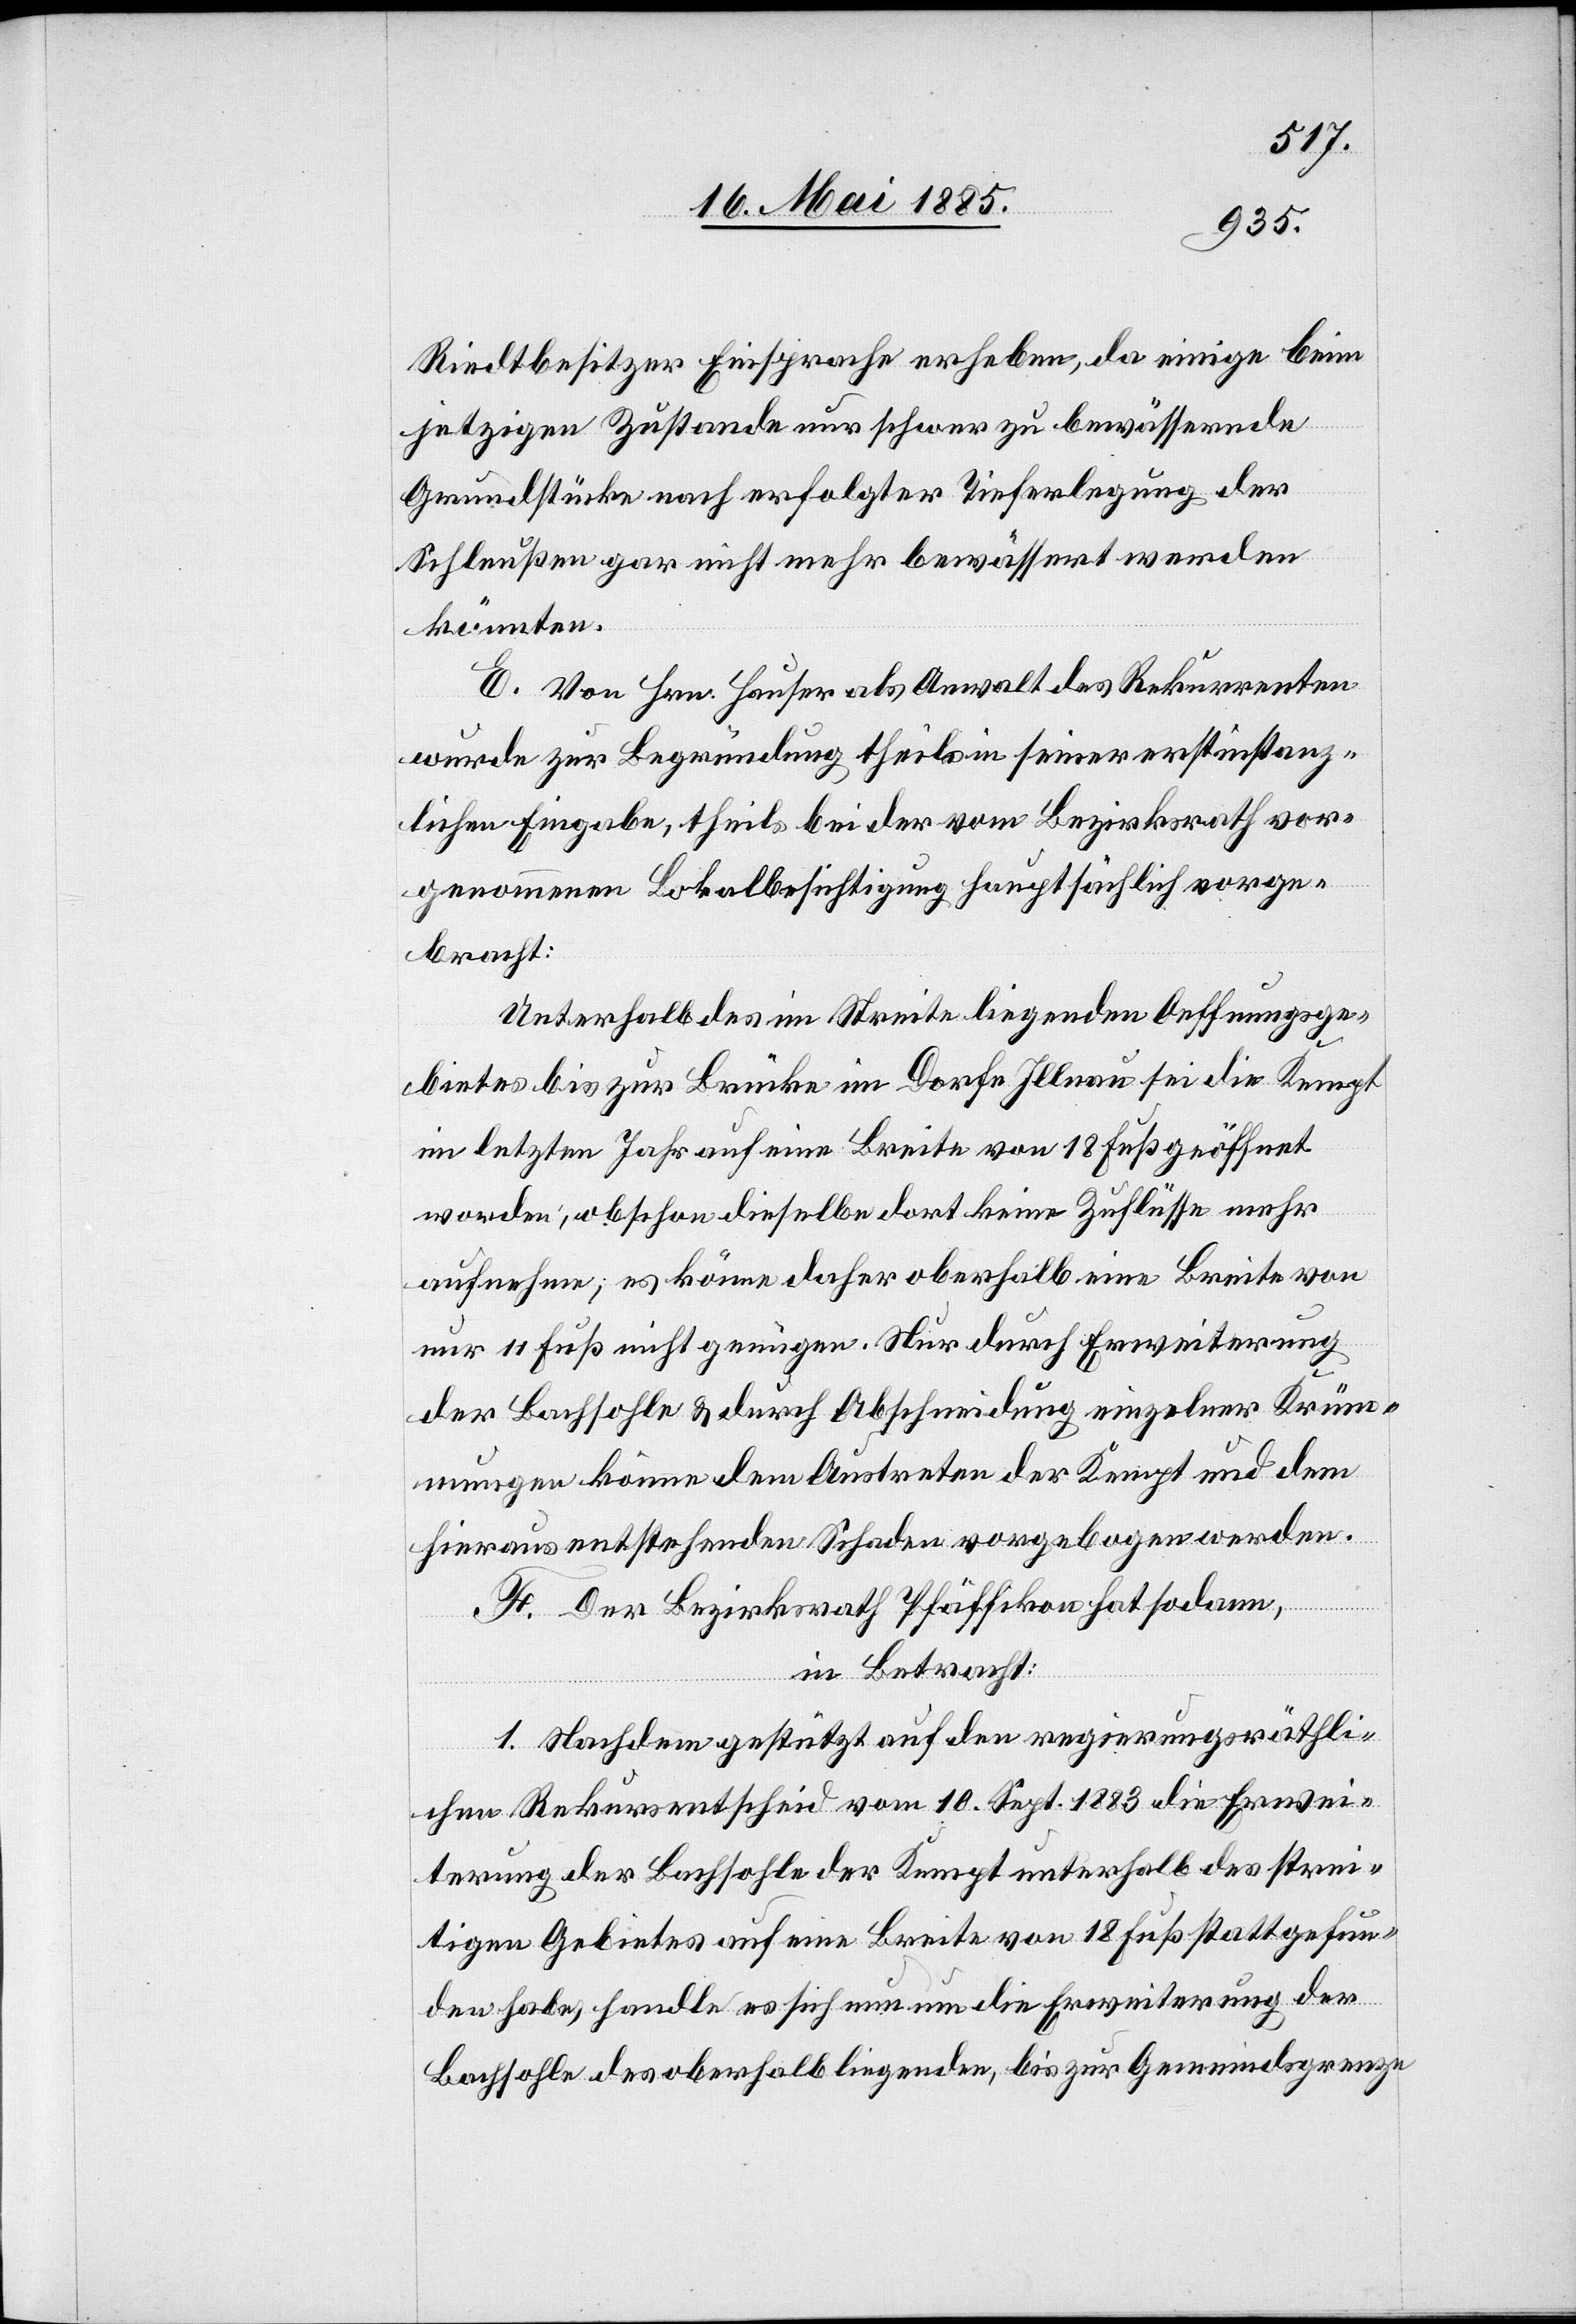
Riedtbesitzer Einsprache erheben, da einige beim
jetzigen Zustande nur schwer zu bewässernde
Grundstücke nach erfolgter Tieferlegung der
Schleußen gar nicht mehr bewässert werden
könnten.
E. Von Hrn. Hauser als Anwalt des Rekurrenten
wurde zur Begründung theils in seiner erstinstanz¬
lichen Eingabe, theils bei der vom Bezirksrath vor¬
genommenen Lokalbesichtigung hauptsächlich vorge¬
bracht:
Unterhalb des im Streite liegenden Oeffnungsge¬
bietes bis zur Brücke im Dorfe Illnau sei die Kempt
im letzten Jahr auf eine Breite von 18 Fuß geöffnet
worden, obschon dieselbe dort keine Zuflüsse mehr
aufnehme; es könne daher oberhalb eine Breite von
nur 11 Fuß nicht genügen. Nur durch Erweiterung
der Bachsohle & durch Abschneidung einzelner Krüm¬
mungen könne dem Austreten der Kempt und dem
hieraus entstehenden Schaden vorgebogen werden.
F. Der Bezirksrath Pfäffikon hat sodann,
in Betracht:
1. Nachdem gestützt auf den regierungsräthli¬
chen Rekursentscheid vom 10. Sept. 1883 die Erwei¬
terung der Bachsohle der Kempt unterhalb des strei¬
tigen Gebietes auf eine Breite von 18 Fuß stattgefun¬
den habe, handle es sich nun um die Erweiterung der
Bachsohle des oberhalb liegenden, bis zur Gemeindsgrenze